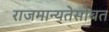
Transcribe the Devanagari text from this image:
राजमान्यतेसोबत